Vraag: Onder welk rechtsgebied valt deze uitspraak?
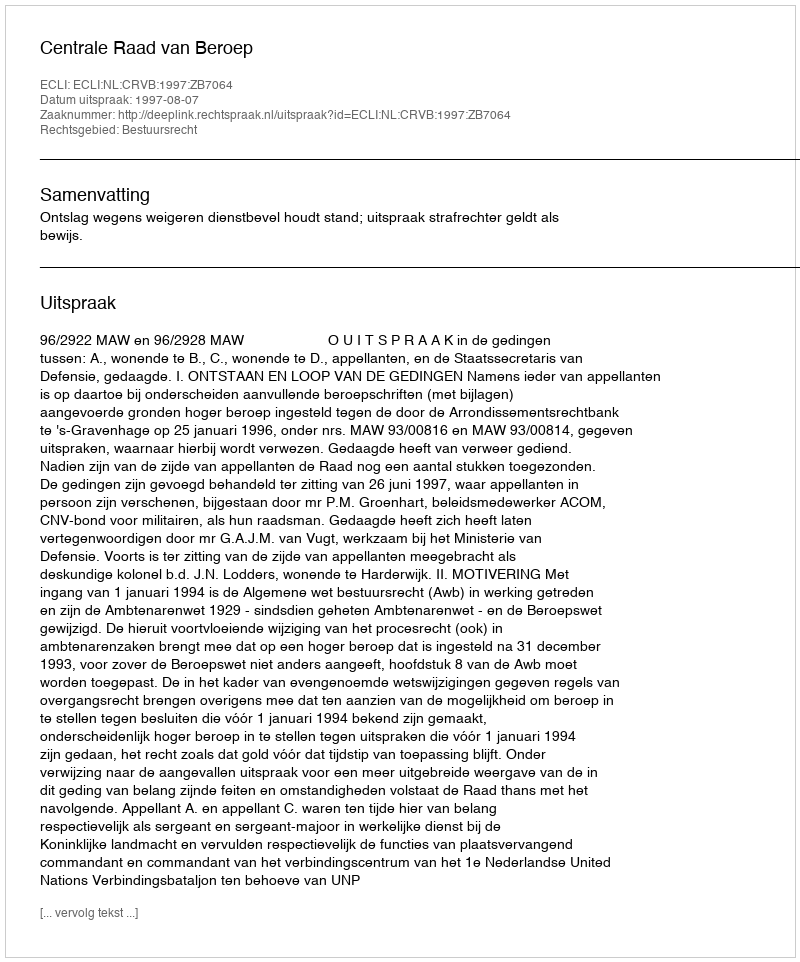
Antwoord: Bestuursrecht